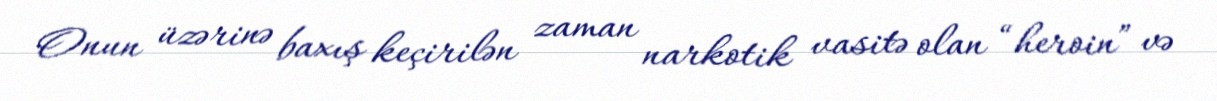
Onun üzərinə baxış keçirilən zaman narkotik vasitə olan “heroin” və